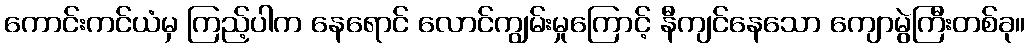
ကောင်းကင်ယံမှ ကြည့်ပါက နေရောင် လောင်ကျွမ်းမှုကြောင့် နီကျင်နေသော ကျောမွဲကြီးတစ်ခု။